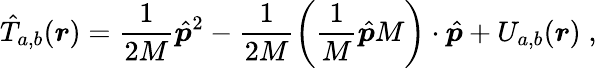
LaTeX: \hat{T}_{{a,b}}(\boldsymbol{r})=\frac{1}{2M}\hat{\boldsymbol{p}}^{2}-\frac{1}{2M}\left(\frac{1}{M}\hat{\boldsymbol{p}}M\right)\cdot\hat{\boldsymbol{p}}+U_{a,b}(\boldsymbol{r})\; ,